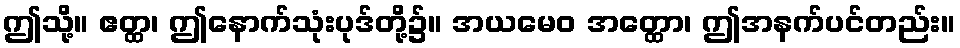
ဤသို့။ ဧတ္ထ၊ ဤနောက်သုံးပုဒ်တို့၌။ အယမေဝ အတ္ထော၊ ဤအနက်ပင်တည်း။